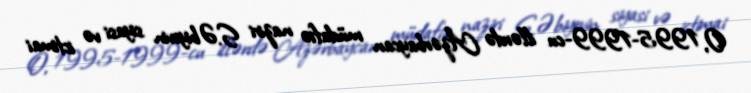
O, 1995-1999-cu illərdə Azərbaycan müdafiə naziri S.Əbiyevin siyasi və ictimai